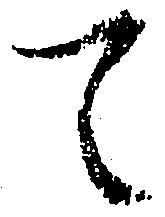
て